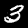
Label: 3